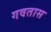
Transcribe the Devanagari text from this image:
गवतास